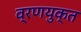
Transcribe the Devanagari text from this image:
व्रणयुक्त